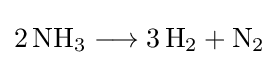
{2\,\mathrm {NH} {\vphantom {A}}_{\smash[{t}]{3}}{}\mathrel {\longrightarrow } {}3\,\mathrm {H} {\vphantom {A}}_{\smash[{t}]{2}}{}+{}\mathrm {N} {\vphantom {A}}_{\smash[{t}]{2}}}